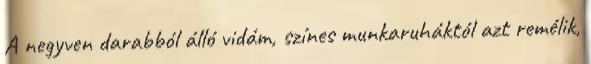
A negyven darabból álló vidám, színes munkaruháktól azt remélik,